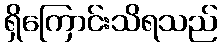
ရှိကြောင်းသိရသည်